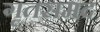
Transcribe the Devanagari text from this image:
गृतसमद